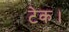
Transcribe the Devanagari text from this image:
टेक।